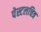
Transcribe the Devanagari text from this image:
पेस्टलचित्र